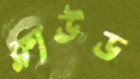
ক্লাউড